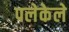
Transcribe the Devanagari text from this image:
पलेकेले